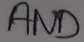
Text: AND